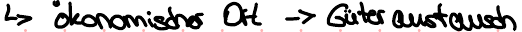
-> ökonomischer Ort -> Güteraustausch